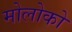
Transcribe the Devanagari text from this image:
मोलोको